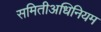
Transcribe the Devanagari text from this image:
समितीअधिनियम